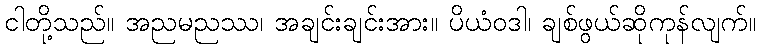
ငါတို့သည်။ အညမညဿ၊ အချင်းချင်းအား။ ပိယံဝဒါ၊ ချစ်ဖွယ်ဆိုကုန်လျက်။